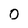
Character: 0